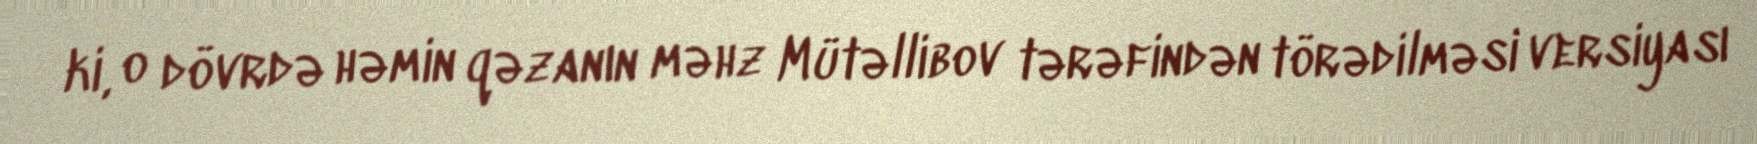
ki, o dövrdə həmin qəzanın məhz Mütəllibov tərəfindən törədilməsi versiyası